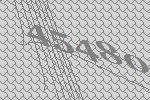
45480